Indian journal of veterinary science and animal husbandry - Volumes 24-25, 1954-1955
Year: 1954
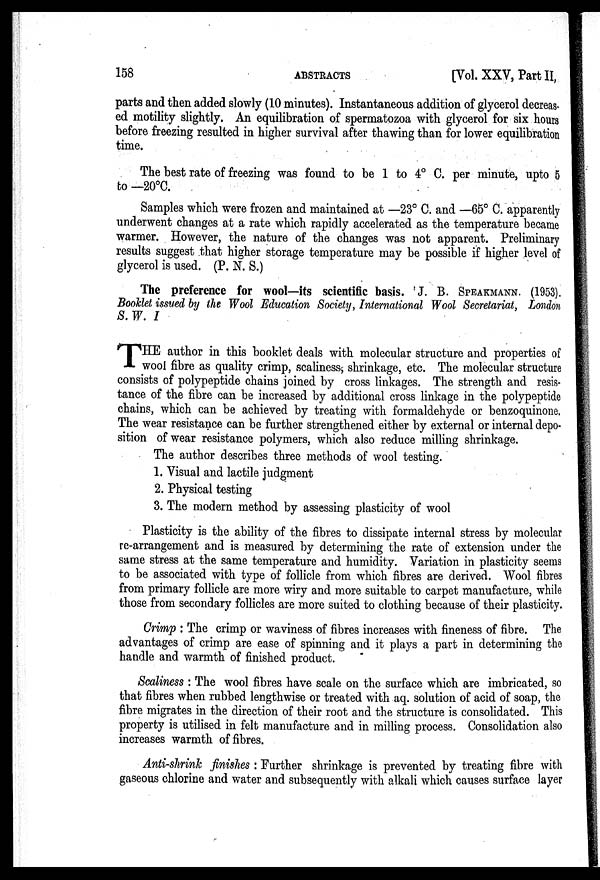
158
ABSTRACTS
[Vol. XXV, Part II,
parts and then added slowly (10 minutes). Instantaneous addition of glycerol decreas-
ed motility slightly. An equilibration of spermatozoa with glycerol for six hours
before freezing resulted in higher survival after thawing than for lower equilibration
time.
The best rate of freezing was found to be 1 to 4° C. per minute, upto 5
to —20°C.
Samples which were frozen and maintained at —23° C. and —65° C. apparently
underwent changes at a rate which rapidly accelerated as the temperature became
warmer. However, the nature of the changes was not apparent. Preliminary
results suggest that higher storage temperature may be possible if higher level of
glycerol is used. (P. N. S.)
The preference for wool—its scientific basis. J. B. SPEAKMANN (1953).
Booklet issued by the Wool Education Society, International Wool Secretariat, London
S. W. I
T HE author in this booklet deals with molecular structure and properties of
wool fibre as quality crimp, scaliness, shrinkage, etc. The molecular structure
consists of polypeptide chains joined by cross linkages. The strength and resis-
tance of the fibre can be increased by additional cross linkage in the polypeptide
chains, which can be achieved by treating with formaldehyde or benzoquinone.
The wear resistance can be further strengthened either by external or internal depo-
sition of wear resistance polymers, which also reduce milling shrinkage.
The author describes three methods of wool testing.
1. Visual and lactile judgment
2. Physical testing
3. The modern method by assessing plasticity of wool
Plasticity is the ability of the fibres to dissipate internal stress by molecular
re-arrangement and is measured by determining the rate of extension under the
same stress at the same temperature and humidity. Variation in plasticity seems
to be associated with type of follicle from which fibres are derived. Wool fibres
from primary follicle are more wiry and more suitable to carpet manufacture, while
those from secondary follicles are more suited to clothing because of their plasticity.
Crimp : The crimp or waviness of fibres increases with fineness of fibre. The
advantages of crimp are ease of spinning and it plays a part in determining the
handle and warmth of finished product.
Scaliness : The wool fibres have scale on the surface which are imbricated, so
that fibres when rubbed lengthwise or treated with aq. solution of acid of soap, the
fibre migrates in the direction of their root and the structure is consolidated. This
property is utilised in felt manufacture and in milling process. Consolidation also
increases warmth of fibres.
Anti-shrink finishes : Further shrinkage is prevented by treating fibre with
gaseous chlorine and water and subsequently with alkali which causes surface layer